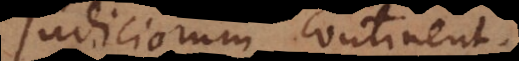
judiciorum continent.